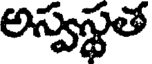
అస్వస్థత